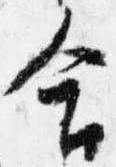
合